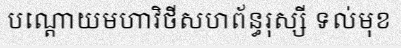
បណ្តោយមហាវិថីសហព័ន្ធរុស្សី ទល់មុខ